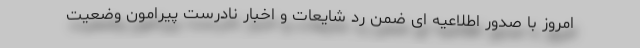
امروز با صدور اطلاعیه ای ضمن رد شایعات و اخبار نادرست پیرامون وضعیت